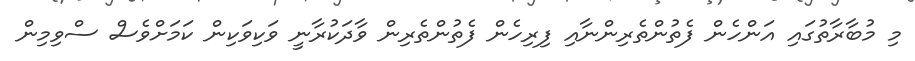
މި މުބާރާތުގައި އަންހެން ފެތުންތެރިންނާއި ފިރިހެން ފެތުންތެރިން ވާދަކުރާނީ ވަކިވަކިން ކަމަށްވެސް ސްވިމިން